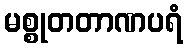
မစ္စုတတာဏပရံ